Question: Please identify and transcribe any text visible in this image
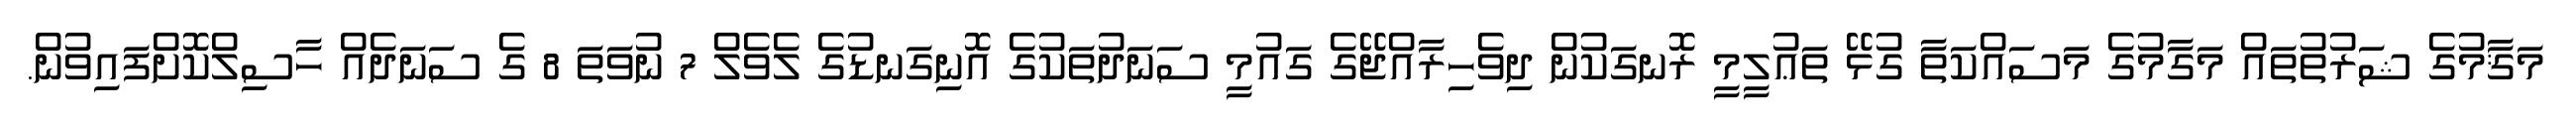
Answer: މަޤާމުގެ ޝަރުތުތައް މަގާމުގެ މަސައްކަތާ ގުޅޭ ތަޢުލީމީ ރޮނގަކުން ދިވެހިރާއްޖޭގެ ގައުމީ ސަނަދުތަކުގެ އޮނިގަނޑުގެ ލެވެލް 7 ނުވަތަ 8 ގެ ސަނަދެއް ހާސިލްކޮށްފައިވުން.